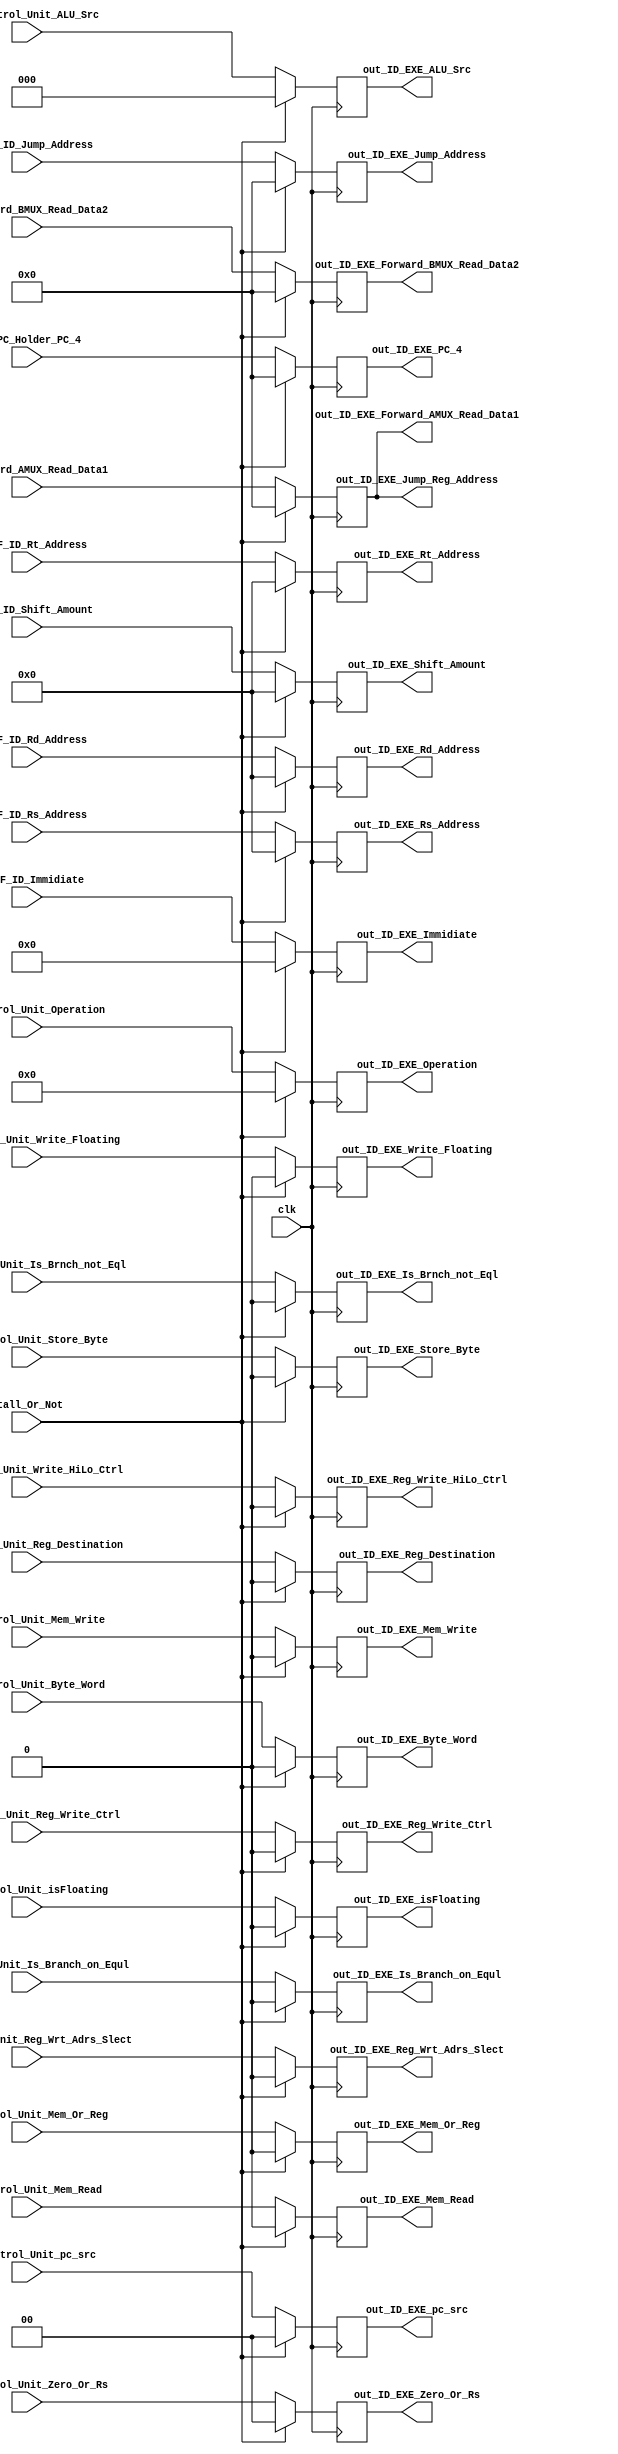
module ID_EXE(
input out_Control_Unit_Reg_Destination,
input out_Control_Unit_Reg_Wrt_Adrs_Slect,
input out_Control_Unit_Is_Brnch_not_Eql,
input out_Control_Unit_Is_Branch_on_Equl,
input [1:0]out_Control_Unit_pc_src,
input [1:0]out_Control_Unit_Zero_Or_Rs,
input [2:0]out_Control_Unit_ALU_Src,
input [5:0]out_Control_Unit_Operation,
//mem signals
input out_Control_Unit_Store_Byte,
input out_Control_Unit_Mem_Write,
input out_Control_Unit_Mem_Read,
//WB signals
input out_Control_Unit_Reg_Write_Ctrl,
input out_Control_Unit_Byte_Word,
input out_Control_Unit_Mem_Or_Reg,
input out_Control_Unit_Write_HiLo_Ctrl,
input	out_Control_Unit_isFloating,
input	out_Control_Unit_Write_Floating, 		
input [31:0]out_PC_Holder_PC_4,
input [31:0]out_IF_ID_Jump_Address,
input [31:0]out_Forward_AMUX_Read_Data1,//**
input [31:0]out_Forward_BMUX_Read_Data2,
input [15:0]out_IF_ID_Immidiate,
input [4:0]out_IF_ID_Shift_Amount,
input [4:0]out_IF_ID_Rt_Address,
input [4:0]out_IF_ID_Rd_Address,
input [4:0]out_IF_ID_Rs_Address,
input clk,
input Stall_Or_Not,
output reg out_ID_EXE_Reg_Write_Ctrl,
output reg out_ID_EXE_Byte_Word,
output reg out_ID_EXE_Mem_Or_Reg,
output reg out_ID_EXE_Store_Byte,
output reg out_ID_EXE_Mem_Write,
output reg out_ID_EXE_Mem_Read,
output reg out_ID_EXE_Reg_Write_HiLo_Ctrl,
output reg out_ID_EXE_isFloating,
output reg out_ID_EXE_Write_Floating, 
output reg[1:0] out_ID_EXE_pc_src,
output reg [31:0]out_ID_EXE_Jump_Address,
output reg [31:0]out_ID_EXE_Jump_Reg_Address,
output reg [31:0]out_ID_EXE_PC_4,
output reg out_ID_EXE_Reg_Destination,
output reg out_ID_EXE_Reg_Wrt_Adrs_Slect,
output reg out_ID_EXE_Is_Brnch_not_Eql,
output reg out_ID_EXE_Is_Branch_on_Equl,
output reg [1:0]out_ID_EXE_Zero_Or_Rs,
output reg [2:0]out_ID_EXE_ALU_Src,
output reg [5:0]out_ID_EXE_Operation,
output reg [31:0]out_ID_EXE_Forward_AMUX_Read_Data1,
output reg [31:0]out_ID_EXE_Forward_BMUX_Read_Data2,
output reg [15:0]out_ID_EXE_Immidiate,
output reg [4:0]out_ID_EXE_Shift_Amount,
output reg [4:0]out_ID_EXE_Rt_Address,
output reg [4:0]out_ID_EXE_Rd_Address,
output reg [4:0]out_ID_EXE_Rs_Address
);

initial
begin
out_ID_EXE_Reg_Write_Ctrl=0;
  out_ID_EXE_Byte_Word=0;
  out_ID_EXE_Mem_Or_Reg=0;
  out_ID_EXE_Store_Byte=0;
  out_ID_EXE_Mem_Write=0;
  out_ID_EXE_Mem_Read=0;
  out_ID_EXE_Reg_Write_HiLo_Ctrl=0;
 out_ID_EXE_pc_src=0;
  out_ID_EXE_Jump_Address=0;
 out_ID_EXE_Jump_Reg_Address=0;
out_ID_EXE_PC_4=0;
  out_ID_EXE_Reg_Destination=0;
  out_ID_EXE_Reg_Wrt_Adrs_Slect=0;
  out_ID_EXE_Is_Brnch_not_Eql=0;
  out_ID_EXE_Is_Branch_on_Equl=0;
 out_ID_EXE_Zero_Or_Rs=0;
out_ID_EXE_ALU_Src=0;
 out_ID_EXE_Operation=0;
 out_ID_EXE_Forward_AMUX_Read_Data1=0;
out_ID_EXE_Forward_BMUX_Read_Data2=0;
  out_ID_EXE_Immidiate=0;
out_ID_EXE_Shift_Amount=0;
  out_ID_EXE_Rt_Address=0;
  out_ID_EXE_Rd_Address=0;
 out_ID_EXE_Rs_Address=0;
 out_ID_EXE_isFloating = 0;
out_ID_EXE_Write_Floating = 0; 
end
always@(negedge clk)begin
if(Stall_Or_Not==0)begin
out_ID_EXE_Reg_Write_Ctrl= out_Control_Unit_Reg_Write_Ctrl;
out_ID_EXE_Byte_Word= out_Control_Unit_Byte_Word;
out_ID_EXE_Mem_Or_Reg= out_Control_Unit_Mem_Or_Reg;
out_ID_EXE_Store_Byte= out_Control_Unit_Store_Byte;
out_ID_EXE_Mem_Write= out_Control_Unit_Mem_Write;
out_ID_EXE_Mem_Read= out_Control_Unit_Mem_Read;
out_ID_EXE_Reg_Write_HiLo_Ctrl = out_Control_Unit_Write_HiLo_Ctrl;
out_ID_EXE_pc_src = out_Control_Unit_pc_src;
out_ID_EXE_Jump_Address = out_IF_ID_Jump_Address;
out_ID_EXE_Jump_Reg_Address=out_Forward_AMUX_Read_Data1;
out_ID_EXE_PC_4 = out_PC_Holder_PC_4;
out_ID_EXE_Reg_Destination=out_Control_Unit_Reg_Destination;
out_ID_EXE_Reg_Wrt_Adrs_Slect=out_Control_Unit_Reg_Wrt_Adrs_Slect;
out_ID_EXE_Is_Brnch_not_Eql=out_Control_Unit_Is_Brnch_not_Eql;
out_ID_EXE_Is_Branch_on_Equl=out_Control_Unit_Is_Branch_on_Equl;
out_ID_EXE_Zero_Or_Rs=out_Control_Unit_Zero_Or_Rs;
out_ID_EXE_ALU_Src=out_Control_Unit_ALU_Src;
out_ID_EXE_Operation=out_Control_Unit_Operation;
out_ID_EXE_Forward_AMUX_Read_Data1=out_Forward_AMUX_Read_Data1;//**
out_ID_EXE_Forward_BMUX_Read_Data2=out_Forward_BMUX_Read_Data2;
out_ID_EXE_Immidiate=out_IF_ID_Immidiate;
out_ID_EXE_Shift_Amount=out_IF_ID_Shift_Amount;
out_ID_EXE_Rt_Address=out_IF_ID_Rt_Address;
out_ID_EXE_Rd_Address=out_IF_ID_Rd_Address;
out_ID_EXE_Rs_Address=out_IF_ID_Rs_Address;
out_ID_EXE_isFloating = out_Control_Unit_isFloating;
out_ID_EXE_Write_Floating = out_Control_Unit_Write_Floating;
end
else if(Stall_Or_Not==1)begin
out_ID_EXE_Reg_Write_Ctrl=0;
out_ID_EXE_Byte_Word=0;
out_ID_EXE_Mem_Or_Reg=0;
out_ID_EXE_Store_Byte=0;
out_ID_EXE_Mem_Write=0;
out_ID_EXE_Mem_Read=0;
out_ID_EXE_Reg_Write_HiLo_Ctrl=0;
out_ID_EXE_pc_src=0;
out_ID_EXE_Jump_Address=0;
out_ID_EXE_Jump_Reg_Address=0;
out_ID_EXE_PC_4=0;
out_ID_EXE_Reg_Destination=0;
out_ID_EXE_Reg_Wrt_Adrs_Slect=0;
out_ID_EXE_Is_Brnch_not_Eql=0;
out_ID_EXE_Is_Branch_on_Equl=0;
out_ID_EXE_Zero_Or_Rs=0;
out_ID_EXE_ALU_Src=0;
out_ID_EXE_Operation=0;
out_ID_EXE_Forward_AMUX_Read_Data1=0;
out_ID_EXE_Forward_BMUX_Read_Data2=0;
out_ID_EXE_Immidiate=0;
out_ID_EXE_Shift_Amount=0;
out_ID_EXE_Rt_Address=0;
out_ID_EXE_Rd_Address=0;
out_ID_EXE_Rs_Address=0;
out_ID_EXE_isFloating = 0;
out_ID_EXE_Write_Floating = 0; 
end
end
endmodule